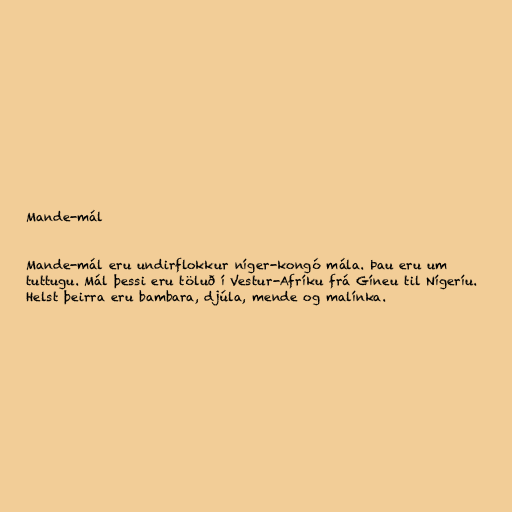
Mande-mál

Mande-mál eru undirflokkur níger-kongó mála. Þau eru um
tuttugu. Mál þessi eru töluð í Vestur-Afríku frá Gíneu til Nígeríu.
Helst þeirra eru bambara, djúla, mende og malínka.